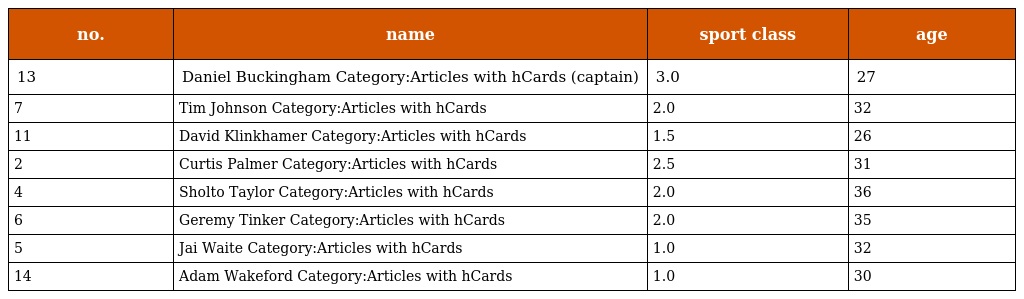
| no. | name | sport class | age |
 | --- | --- | --- | --- |
 | 13 | Daniel Buckingham Category:Articles with hCards (captain) | 3.0 | 27 |
 | 7 | Tim Johnson Category:Articles with hCards | 2.0 | 32 |
 | 11 | David Klinkhamer Category:Articles with hCards | 1.5 | 26 |
 | 2 | Curtis Palmer Category:Articles with hCards | 2.5 | 31 |
 | 4 | Sholto Taylor Category:Articles with hCards | 2.0 | 36 |
 | 6 | Geremy Tinker Category:Articles with hCards | 2.0 | 35 |
 | 5 | Jai Waite Category:Articles with hCards | 1.0 | 32 |
 | 14 | Adam Wakeford Category:Articles with hCards | 1.0 | 30 |